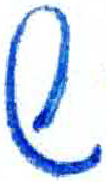
אות: ש